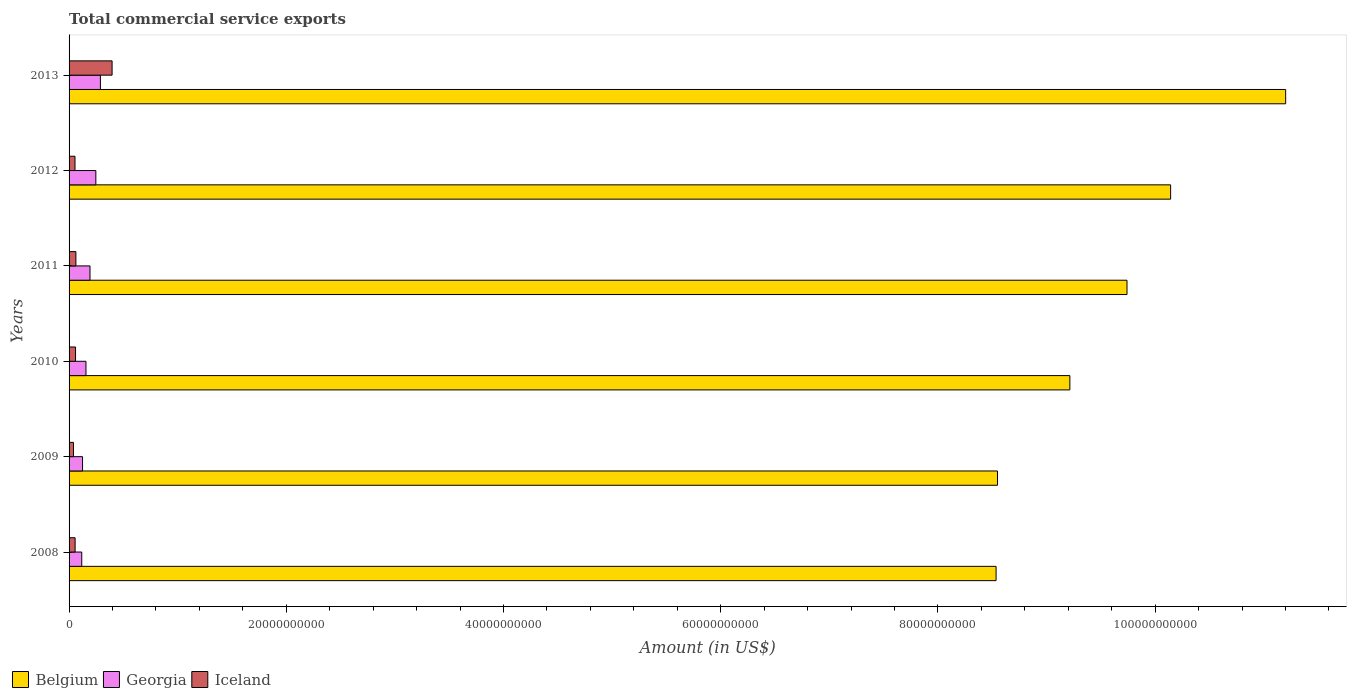
| Years | Belgium | Georgia | Iceland |
 | --- | --- | --- | --- |
 | 2008 | 8.54e+10 | 1.17e+09 | 5.57e+08 |
 | 2009 | 8.55e+10 | 1.24e+09 | 4.06e+08 |
 | 2010 | 9.21e+10 | 1.56e+09 | 5.96e+08 |
 | 2011 | 9.74e+10 | 1.93e+09 | 6.29e+08 |
 | 2012 | 1.01e+11 | 2.47e+09 | 5.46e+08 |
 | 2013 | 1.12e+11 | 2.89e+09 | 3.96e+09 |